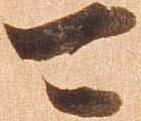
可